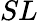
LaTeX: SL